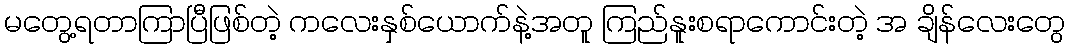
မတွေ့ရတာကြာပြီဖြစ်တဲ့ ကလေးနှစ်ယောက်နဲ့အတူ ကြည်နူးစရာကောင်းတဲ့ အ ချိန်လေးတွေ